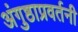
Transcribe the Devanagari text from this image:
अंगुष्ठाप्रवर्तनी